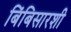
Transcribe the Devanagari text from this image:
बिंबिसारशी